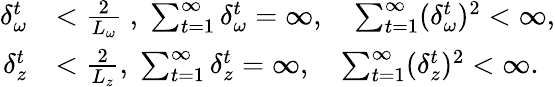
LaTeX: \begin{array}{rl}{\delta_{\omega}^{t}}&{<\frac{2}{L_{\omega}}\; ,\; \sum_{t=1}^{\infty}\delta_{\omega}^{t}=\infty,\quad\sum_{t=1}^{\infty}(\delta_{\omega}^{t})^{2}<\infty,}\\ {\delta_{z}^{t}}&{<\frac{2}{L_{z}},\; \sum_{t=1}^{\infty}\delta_{z}^{t}=\infty,\quad\sum_{t=1}^{\infty}(\delta_{z}^{t})^{2}<\infty.}\end{array}